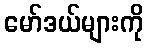
မော်ဒယ်များကို